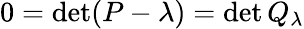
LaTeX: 0=\operatorname*{det}(P-\lambda)=\operatorname*{det}Q_{\lambda}